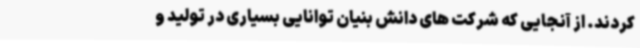
کردند. از آنجایی که شرکت های دانش بنیان توانایی بسیاری در تولید و